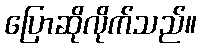
ပြောဆိုလိုက်သည်။